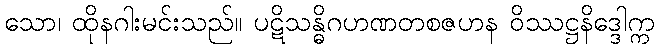
သော၊ ထိုနဂါးမင်းသည်။ ပဋိသန္ဓိဂဟဏတစဇဟန ဝိဿဋ္ဌနိဒ္ဒေါက္က